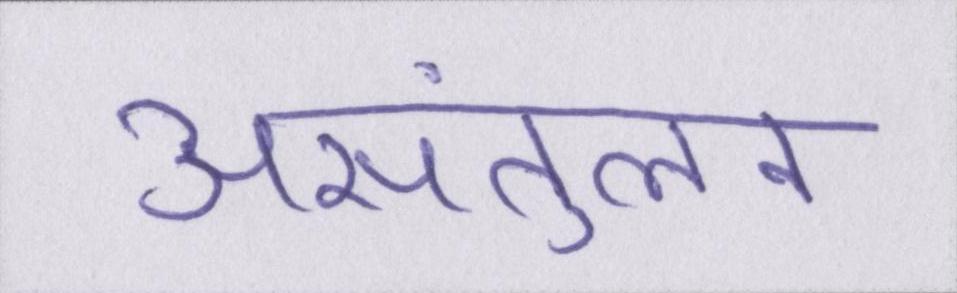
असंतुलन